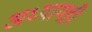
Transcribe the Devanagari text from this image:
अध्यायही